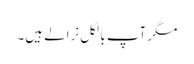
مگر آپ بالکل نرالے ہیں۔